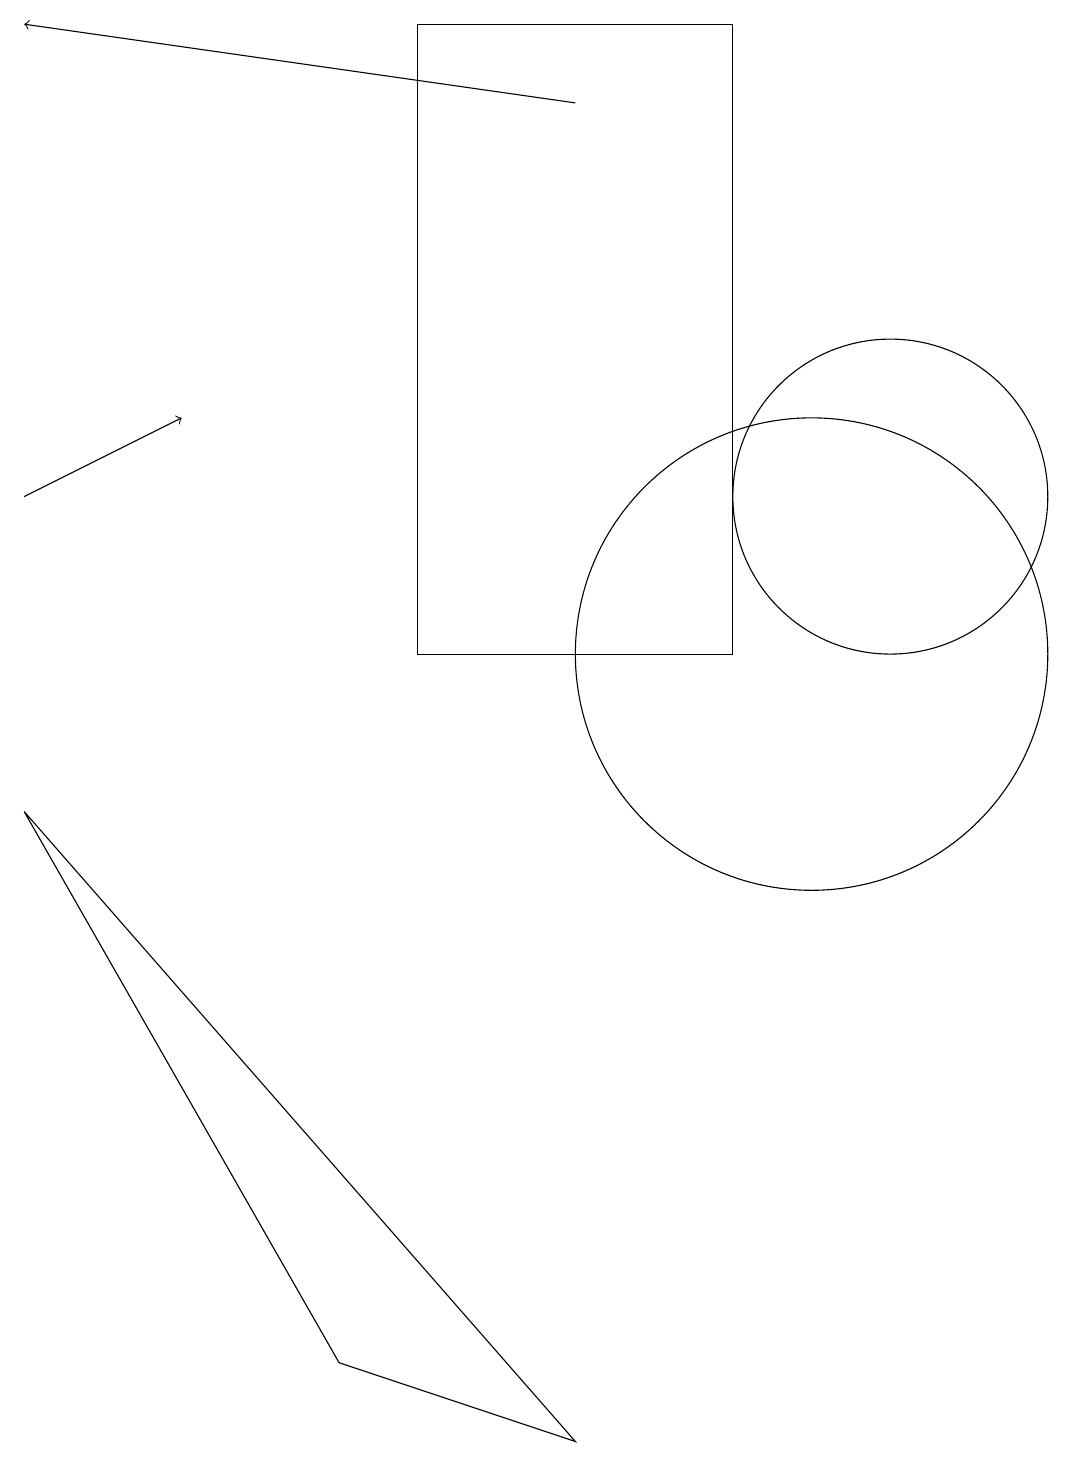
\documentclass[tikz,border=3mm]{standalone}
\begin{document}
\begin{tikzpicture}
\draw (7,0) -- (4,1) -- (0,8) -- cycle;
\draw (11,12) circle (2);
\draw (9,10) rectangle (5,18);
\draw (10,10) circle (3);
\draw[->] (7,17) -- (0,18);
\draw[->] (0,12) -- (2,13);
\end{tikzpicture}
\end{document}